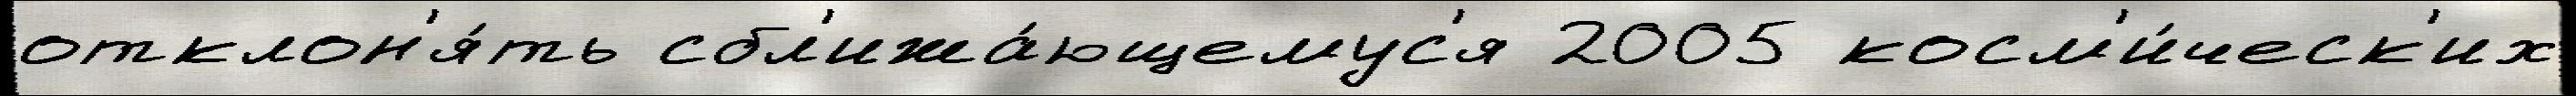
отклон'я́ть сбл'ижа́ющемус'я 2005 косм'и́ческ'их